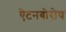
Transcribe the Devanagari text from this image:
ऐटनबोरोघ